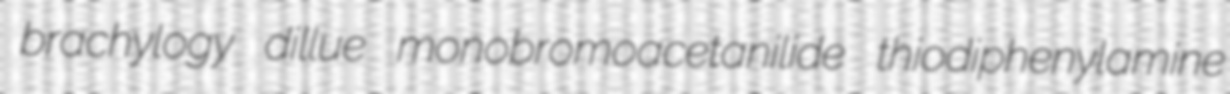
brachylogy dillue monobromoacetanilide thiodiphenylamine